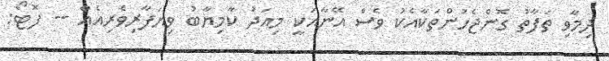
ދިމާވި ތަފާތު ގޮންޖެހުންތަކާއެކު ވެސް އޭނާއަކީ މިއަދު ކާމިޔާބު ވިޔަފާރިވެރިއެއް -- ފޮޓޯ: